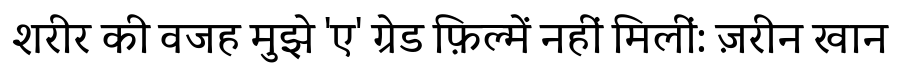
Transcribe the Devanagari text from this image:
शरीर की वजह मुझे 'ए' ग्रेड फ़िल्में नहीं मिलीं: ज़रीन खान